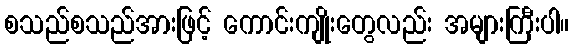
စသည်စသည်အားဖြင့် ကောင်းကျိုးတွေလည်း အများကြီးပါ။